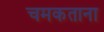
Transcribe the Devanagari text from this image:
चमकताना